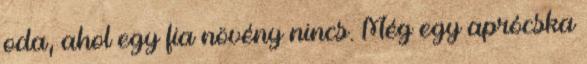
oda, ahol egy fia növény nincs. Még egy aprócska